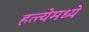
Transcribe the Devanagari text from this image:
हत्त्येमध्ये